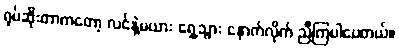
ရုပ်ဆိုးတာကတော့ လင်နဲ့မယား ရှေ့သွား နောက်လိုက် ညီကြပါပေတယ်။